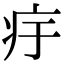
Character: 㽳